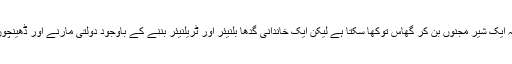
اب پیر سائیں کو کون سمجھائے کہ ایک شیر مجنوں بن کر گھاس توکھا سکتا ہے لیکن ایک خاندانی گدھا بلنیئر اور ٹریلنیئر بننے کے باوجود دولتی مارنے اور ڈھینچوں ڈھینچوں کرنے سے باز نہیں آتا۔